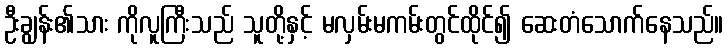
ဦးချွန်း၏သား ကိုလူကြီးသည် သူတို့နှင့် မလှမ်းမကမ်းတွင်ထိုင်၍ ဆေးတံသောက်နေသည်။